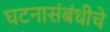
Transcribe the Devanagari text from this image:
घटनासंबंधीचे